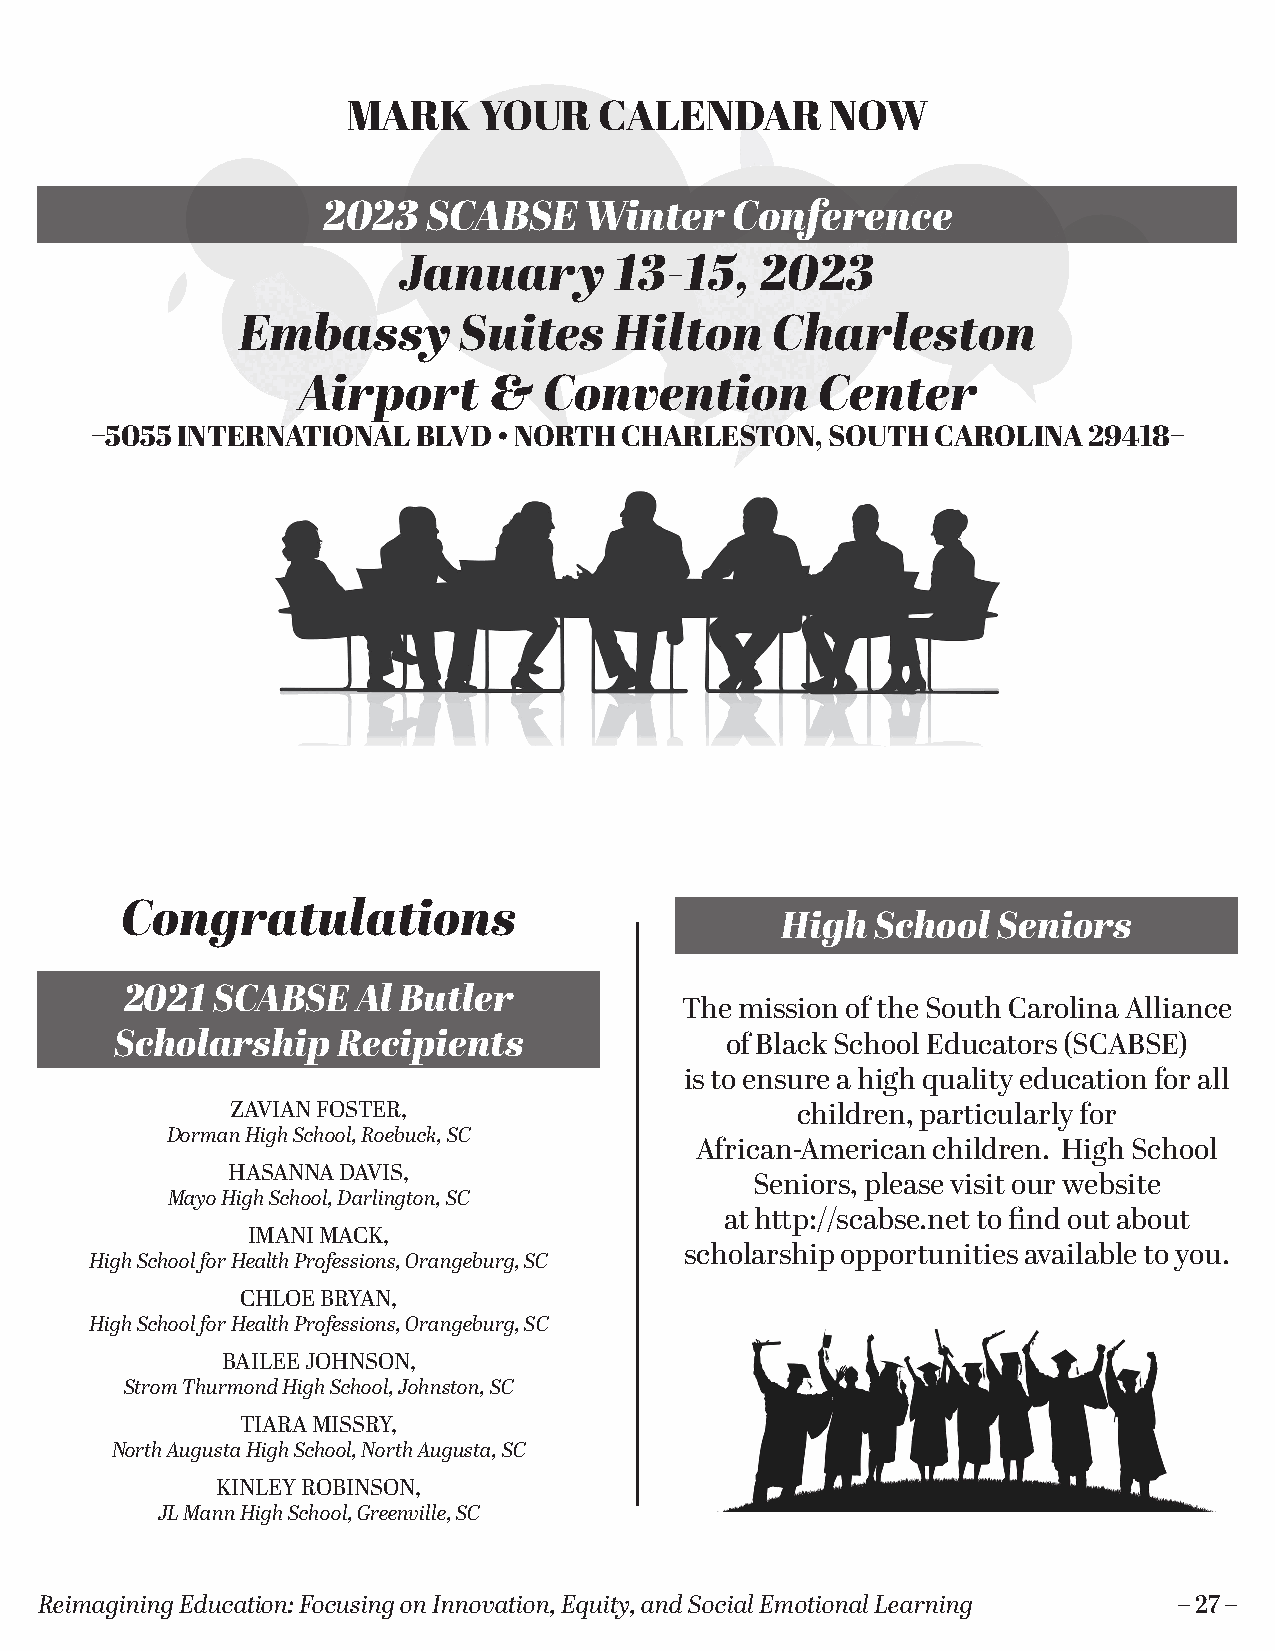
MARK     YOUR    CALENDAR       NOW
 2023   SCABSE     Winter    Conference
 January        13-15,   2023
 Embassy       Suites     Hilton    Charleston
 Airport     &   Convention        Center
 –5055 INTERNATIONAL   BLVD • NORTH CHARLESTON,   SOUTH  CAROLINA  29418–
 Congratulations
 High  School  Seniors
 2021  SCABSE    Al Butler
 The mission of the South Carolina Alliance
 Scholarship   Recipients
 of Black School Educators (SCABSE)
 is to ensure a high quality education for all
 ZAVIAN FOSTER,                        children, particularly for
 Dorman High School, Roebuck, SC
 African-American children. High School
 HASANNA DAVIS,
 Seniors, please visit our website
 Mayo High School, Darlington, SC
 at http://scabse.net to find out about
 IMANI MACK,
 scholarship opportunities available to you.
 High School for Health Professions, Orangeburg, SC
 CHLOE BRYAN,
 High School for Health Professions, Orangeburg, SC
 BAILEE JOHNSON,
 Strom Thurmond High School, Johnston, SC
 TIARA MISSRY,
 North Augusta High School, North Augusta, SC
 KINLEY ROBINSON,
 JL Mann High School, Greenville, SC
 Reimagining Education: Focusing on Innovation, Equity, and Social Emotional Learning – 27 –